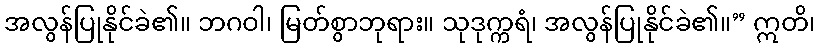
အလွန်ပြုနိုင်ခဲ၏။ ဘဂဝါ၊ မြတ်စွာဘုရား။ သုဒုက္ကရံ၊ အလွန်ပြုနိုင်ခဲ၏။” ဣတိ၊